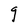
Character: g